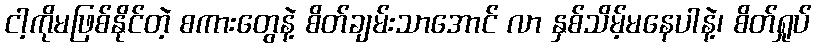
ငါ့ကိုမဖြစ်နိုင်တဲ့ စကားတွေနဲ့ စိတ်ချမ်းသာအောင် လာ နှစ်သိမ့်မနေပါနဲ့၊ စိတ်ရှုပ်